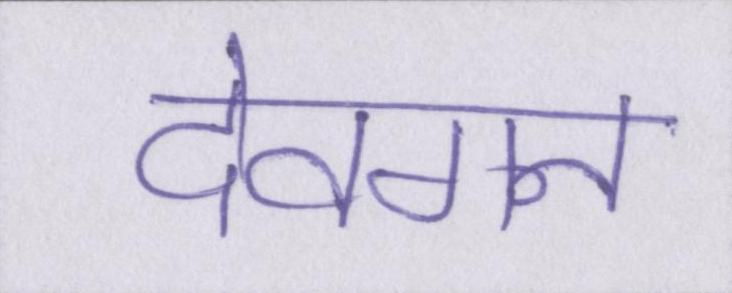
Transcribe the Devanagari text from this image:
देवगन